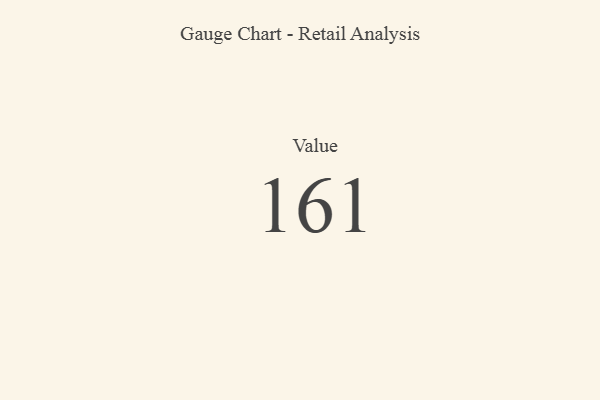
{"axis": {"x": "Metric", "y": "Value"}, "legend": [""], "data": [{"x": "Value", "y": 161, "type": ""}]}